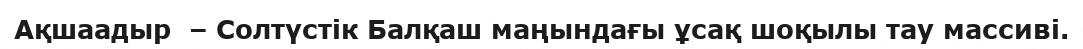
Ақшаадыр  – Солтүстік Балқаш маңындағы ұсақ шоқылы тау массиві.